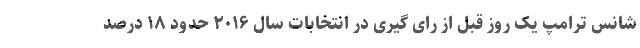
شانس ترامپ یک روز قبل از رای گیری در انتخابات سال ۲۰۱۶ حدود ۱۸ درصد